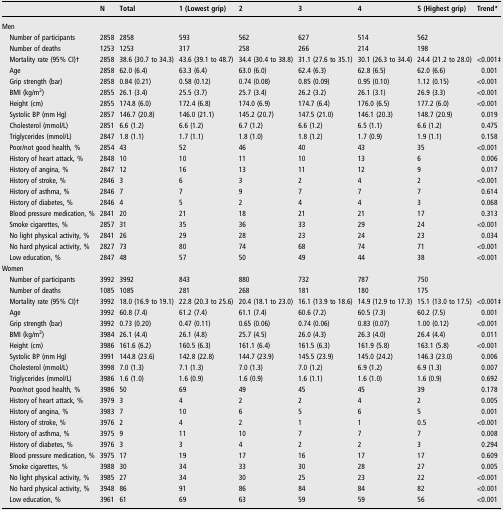
<table><thead><tr><td></td><td><b>N</b></td><td><b>Total</b></td><td><b>1 (Lowest grip)</b></td><td><b>2</b></td><td><b>3</b></td><td><b>4</b></td><td><b>5 (Highest grip)</b></td><td><b>Trend*</b></td></tr></thead><tbody><tr><td colspan="9">Men</td></tr><tr><td> Number of participants</td><td>2858</td><td>2858</td><td>593</td><td>562</td><td>627</td><td>514</td><td>562</td><td></td></tr><tr><td> Number of deaths</td><td>1253</td><td>1253</td><td>317</td><td>258</td><td>266</td><td>214</td><td>198</td><td></td></tr><tr><td> Mortality rate (95% CI)†</td><td>2858</td><td>38.6 (30.7 to 34.3)</td><td>43.6 (39.1 to 48.7)</td><td>34.4 (30.4 to 38.8)</td><td>31.1 (27.6 to 35.1)</td><td>30.1 (26.3 to 34.4)</td><td>24.4 (21.2 to 28.0)</td><td>&lt;0.001‡</td></tr><tr><td> Age</td><td>2858</td><td>62.0 (6.4)</td><td>63.3 (6.4)</td><td>63.0 (6.0)</td><td>62.4 (6.3)</td><td>62.8 (6.5)</td><td>62.0 (6.6)</td><td>0.001</td></tr><tr><td> Grip strength (bar)</td><td>2858</td><td>0.84 (0.21)</td><td>0.58 (0.12)</td><td>0.74 (0.08)</td><td>0.85 (0.09)</td><td>0.95 (0.10)</td><td>1.12 (0.15)</td><td>&lt;0.001</td></tr><tr><td> BMI (kg/m<sup>2</sup>)</td><td>2855</td><td>26.1 (3.4)</td><td>25.5 (3.7)</td><td>25.7 (3.4)</td><td>26.2 (3.2)</td><td>26.1 (3.1)</td><td>26.9 (3.3)</td><td>&lt;0.001</td></tr><tr><td> Height (cm)</td><td>2855</td><td>174.8 (6.0)</td><td>172.4 (6.8)</td><td>174.0 (6.9)</td><td>174.7 (6.4)</td><td>176.0 (6.5)</td><td>177.2 (6.0)</td><td>&lt;0.001</td></tr><tr><td> Systolic BP (mm Hg)</td><td>2857</td><td>146.7 (20.8)</td><td>146.0 (21.1)</td><td>145.2 (20.7)</td><td>147.5 (21.0)</td><td>146.1 (20.3)</td><td>148.7 (20.9)</td><td>0.019</td></tr><tr><td> Cholesterol (mmol/L)</td><td>2851</td><td>6.6 (1.2)</td><td>6.6 (1.2)</td><td>6.7 (1.2)</td><td>6.6 (1.2)</td><td>6.5 (1.1)</td><td>6.6 (1.2)</td><td>0.475</td></tr><tr><td> Triglycerides (mmol/L)</td><td>2847</td><td>1.8 (1.1)</td><td>1.7 (1.1)</td><td>1.8 (1.0)</td><td>1.8 (1.2)</td><td>1.7 (0.9)</td><td>1.9 (1.1)</td><td>0.158</td></tr><tr><td> Poor/not good health, %</td><td>2854</td><td>43</td><td>52</td><td>46</td><td>40</td><td>43</td><td>35</td><td>&lt;0.001</td></tr><tr><td> History of heart attack, %</td><td>2848</td><td>10</td><td>10</td><td>11</td><td>10</td><td>13</td><td>6</td><td>0.006</td></tr><tr><td> History of angina, %</td><td>2847</td><td>12</td><td>16</td><td>13</td><td>11</td><td>12</td><td>9</td><td>0.017</td></tr><tr><td> History of stroke, %</td><td>2846</td><td>3</td><td>6</td><td>3</td><td>2</td><td>4</td><td>2</td><td>&lt;0.001</td></tr><tr><td> History of asthma, %</td><td>2846</td><td>7</td><td>7</td><td>9</td><td>7</td><td>7</td><td>7</td><td>0.614</td></tr><tr><td> History of diabetes, %</td><td>2846</td><td>4</td><td>5</td><td>2</td><td>4</td><td>4</td><td>3</td><td>0.068</td></tr><tr><td> Blood pressure medication, %</td><td>2841</td><td>20</td><td>21</td><td>18</td><td>21</td><td>21</td><td>17</td><td>0.313</td></tr><tr><td> Smoke cigarettes, %</td><td>2857</td><td>31</td><td>35</td><td>36</td><td>33</td><td>29</td><td>24</td><td>&lt;0.001</td></tr><tr><td> No light physical activity, %</td><td>2841</td><td>26</td><td>29</td><td>28</td><td>23</td><td>24</td><td>23</td><td>0.034</td></tr><tr><td> No hard physical activity, %</td><td>2827</td><td>73</td><td>80</td><td>74</td><td>68</td><td>74</td><td>71</td><td>&lt;0.001</td></tr><tr><td> Low education, %</td><td>2847</td><td>48</td><td>57</td><td>50</td><td>49</td><td>44</td><td>38</td><td>&lt;0.001</td></tr><tr><td colspan="9">Women</td></tr><tr><td> Number of participants</td><td>3992</td><td>3992</td><td>843</td><td>880</td><td>732</td><td>787</td><td>750</td><td></td></tr><tr><td> Number of deaths</td><td>1085</td><td>1085</td><td>281</td><td>268</td><td>181</td><td>180</td><td>175</td><td></td></tr><tr><td> Mortality rate (95% CI)†</td><td>3992</td><td>18.0 (16.9 to 19.1)</td><td>22.8 (20.3 to 25.6)</td><td>20.4 (18.1 to 23.0)</td><td>16.1 (13.9 to 18.6)</td><td>14.9 (12.9 to 17.3)</td><td>15.1 (13.0 to 17.5)</td><td>&lt;0.001‡</td></tr><tr><td> Age</td><td>3992</td><td>60.8 (7.4)</td><td>61.2 (7.4)</td><td>61.1 (7.4)</td><td>60.6 (7.2)</td><td>60.5 (7.3)</td><td>60.2 (7.5)</td><td>0.001</td></tr><tr><td> Grip strength (bar)</td><td>3992</td><td>0.73 (0.20)</td><td>0.47 (0.11)</td><td>0.65 (0.06)</td><td>0.74 (0.06)</td><td>0.83 (0.07)</td><td>1.00 (0.12)</td><td>&lt;0.001</td></tr><tr><td> BMI (kg/m<sup>2</sup>)</td><td>3984</td><td>26.1 (4.4)</td><td>26.1 (4.8)</td><td>25.7 (4.5)</td><td>26.0 (4.3)</td><td>26.3 (4.0)</td><td>26.4 (4.4)</td><td>0.011</td></tr><tr><td> Height (cm)</td><td>3986</td><td>161.6 (6.2)</td><td>160.5 (6.3)</td><td>161.1 (6.4)</td><td>161.5 (6.3)</td><td>161.9 (5.8)</td><td>163.1 (5.8)</td><td>&lt;0.001</td></tr><tr><td> Systolic BP (mm Hg)</td><td>3991</td><td>144.8 (23.6)</td><td>142.8 (22.8)</td><td>144.7 (23.9)</td><td>145.5 (23.9)</td><td>145.0 (24.2)</td><td>146.3 (23.0)</td><td>0.006</td></tr><tr><td> Cholesterol (mmol/L)</td><td>3998</td><td>7.0 (1.3)</td><td>7.1 (1.3)</td><td>7.0 (1.3)</td><td>7.0 (1.2)</td><td>6.9 (1.2)</td><td>6.9 (1.3)</td><td>0.007</td></tr><tr><td> Triglycerides (mmol/L)</td><td>3986</td><td>1.6 (1.0)</td><td>1.6 (0.9)</td><td>1.6 (0.9)</td><td>1.6 (1.1)</td><td>1.6 (1.0)</td><td>1.6 (0.9)</td><td>0.692</td></tr><tr><td> Poor/not good health, %</td><td>3986</td><td>50</td><td>69</td><td>49</td><td>45</td><td>45</td><td>39</td><td>0.178</td></tr><tr><td> History of heart attack, %</td><td>3979</td><td>3</td><td>4</td><td>2</td><td>2</td><td>4</td><td>2</td><td>0.005</td></tr><tr><td> History of angina, %</td><td>3983</td><td>7</td><td>10</td><td>6</td><td>5</td><td>6</td><td>5</td><td>0.001</td></tr><tr><td> History of stroke, %</td><td>3976</td><td>2</td><td>4</td><td>2</td><td>1</td><td>1</td><td>0.5</td><td>&lt;0.001</td></tr><tr><td> History of asthma, %</td><td>3975</td><td>9</td><td>11</td><td>10</td><td>7</td><td>7</td><td>7</td><td>0.008</td></tr><tr><td> History of diabetes, %</td><td>3976</td><td>3</td><td>3</td><td>4</td><td>2</td><td>2</td><td>3</td><td>0.294</td></tr><tr><td> Blood pressure medication, %</td><td>3975</td><td>17</td><td>19</td><td>17</td><td>16</td><td>17</td><td>17</td><td>0.609</td></tr><tr><td> Smoke cigarettes, %</td><td>3988</td><td>30</td><td>34</td><td>33</td><td>30</td><td>28</td><td>27</td><td>0.005</td></tr><tr><td> No light physical activity, %</td><td>3985</td><td>27</td><td>34</td><td>30</td><td>25</td><td>23</td><td>22</td><td>&lt;0.001</td></tr><tr><td> No hard physical activity, %</td><td>3948</td><td>86</td><td>91</td><td>86</td><td>84</td><td>84</td><td>82</td><td>&lt;0.001</td></tr><tr><td> Low education, %</td><td>3961</td><td>61</td><td>69</td><td>63</td><td>59</td><td>59</td><td>56</td><td>&lt;0.001</td></tr></tbody></table>